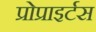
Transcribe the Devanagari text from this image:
प्रोप्राइर्टस